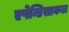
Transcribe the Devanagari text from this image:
एपेन्डिसाकल